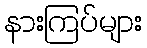
နားကြပ်များ